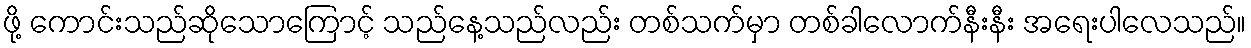
ဖို့ ကောင်းသည်ဆိုသောကြောင့် သည်နေ့သည်လည်း တစ်သက်မှာ တစ်ခါလောက်နီးနီး အရေးပါလေသည်။